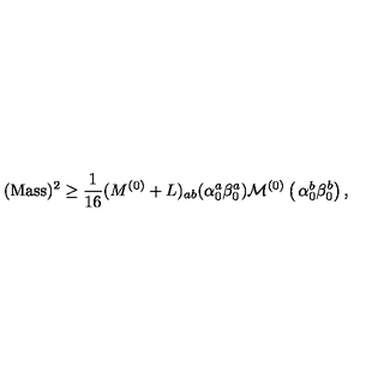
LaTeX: ( \mathrm { M a s s } ) ^ { 2 } \geq { \frac { 1 } { 1 6 } } ( M ^ { ( 0 ) } + L ) _ { a b } ( \alpha _ { 0 } ^ { a } \beta _ { 0 } ^ { a } ) { \cal M } ^ { ( 0 ) } \left( \begin{matrix} { \alpha _ { 0 } ^ { b } } \\ { \beta _ { 0 } ^ { b } } \\ \end{matrix} \right) ,